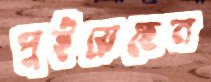
পুইয়েছেন